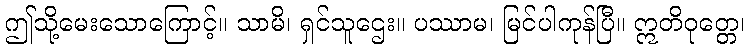
ဤသို့မေးသောကြောင့်။ သာမိ၊ ရှင်သူဌေး။ ပဿာမ၊ မြင်ပါကုန်ပြီ။ ဣတိဝုတ္တေ၊